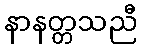
နာနတ္တသညီ